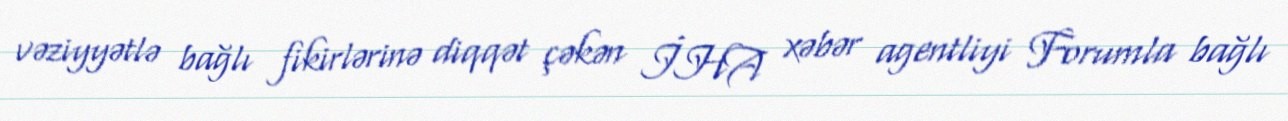
vəziyyətlə bağlı fikirlərinə diqqət çəkən İHA xəbər agentliyi Forumla bağlı